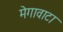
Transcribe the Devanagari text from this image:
मेगावाटा